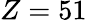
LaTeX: Z=51